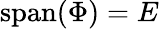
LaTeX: {\textrm{span}}(\Phi)=E